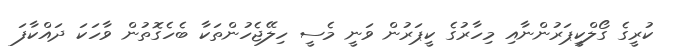
ކުރީގެ ގޯލްކީޕަރުންނާއި މިހާރުގެ ކީޕަރުން ވަނީ މެސީ ހިލޭޖެހުންތަކާ ބެހެގޮތުން ވާހަކަ ދައްކާފަ